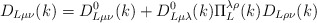
\begin{align*}D_{L\mu \nu }(k)=D_{L\mu \nu }^0(k)+D_{L\mu \lambda }^0(k)\Pi _L^{\lambda\rho }(k)D_{L\rho \nu }(k)\end{align*}